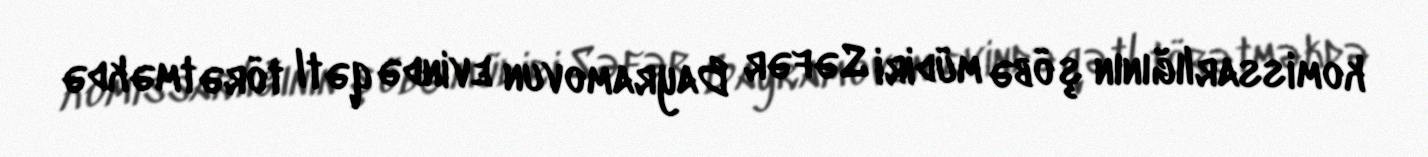
komissarlığının şöbə müdiri Səfər Bayramovun evində qətl törətməkdə